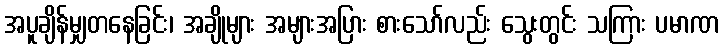
အပူချိန်မျှတနေခြင်း၊ အချိုများ အများအပြား စားသော်လည်း သွေးတွင်း သကြား ပမာဏ